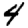
Digit: 4